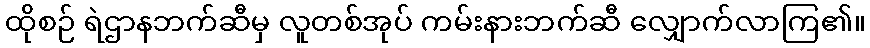
ထိုစဉ် ရဲဌာနဘက်ဆီမှ လူတစ်အုပ် ကမ်းနားဘက်ဆီ လျှောက်လာကြ၏။